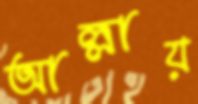
আল্লায়